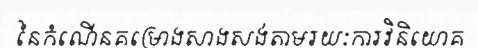
នៃកំណើនគម្រោងសាងសង់តាមរយៈការវិនិយោគ